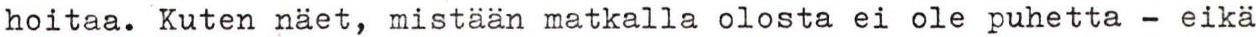
hoitaa. Kuten näet, mistään matkalla olosta ei ole puhetta - eikä